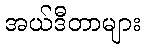
အယ်ဒီတာများ